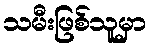
သမီးဖြစ်သူမှာ